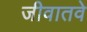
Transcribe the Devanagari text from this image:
जीवातवे